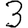
Digit: 3